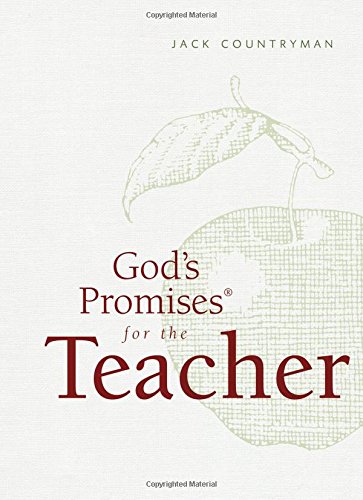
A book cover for God's Promises for the Teacher: New King James Version; Jack Countryman; Christian Books & Bibles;